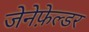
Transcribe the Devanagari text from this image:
जेनेफ़ेल्डर